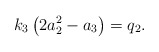
\begin{align*}k_3\left(2a_2^2-a_3\right)=q_2.\end{align*}